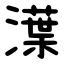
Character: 㵩